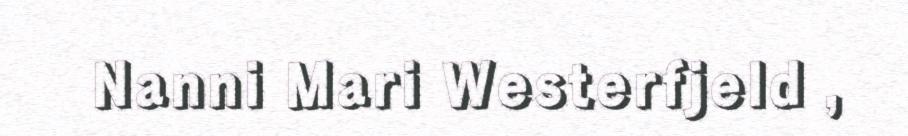
Nanni Mari Westerfjeld ,